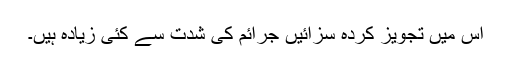
اس میں تجویز کردہ سزائیں جرائم کی شدت سے کئی زیادہ ہیں۔